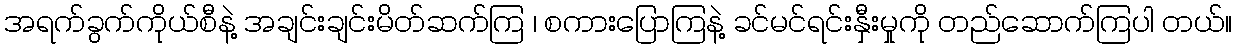
အရက်ခွက်ကိုယ်စီနဲ့ အချင်းချင်းမိတ်ဆက်ကြ ၊ စကားပြောကြနဲ့ ခင်မင်ရင်းနှီးမှုကို တည်ဆောက်ကြပါ တယ်။